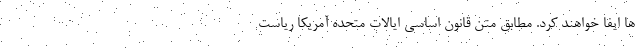
ها ایفا خواهند کرد. مطابق متن قانون اساسی ایالات متحده آمریکا ریاست